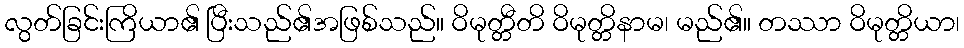
လွတ်ခြင်းကြိယာ၏ ပြီးသည်၏အဖြစ်သည်။ ဝိမုတ္တီတိ ဝိမုတ္တိနာမ၊ မည်၏။ တဿာ ဝိမုတ္တိယာ၊